Lunatic asylums Burma 1907-21 - 1907-1921
Year: 1907
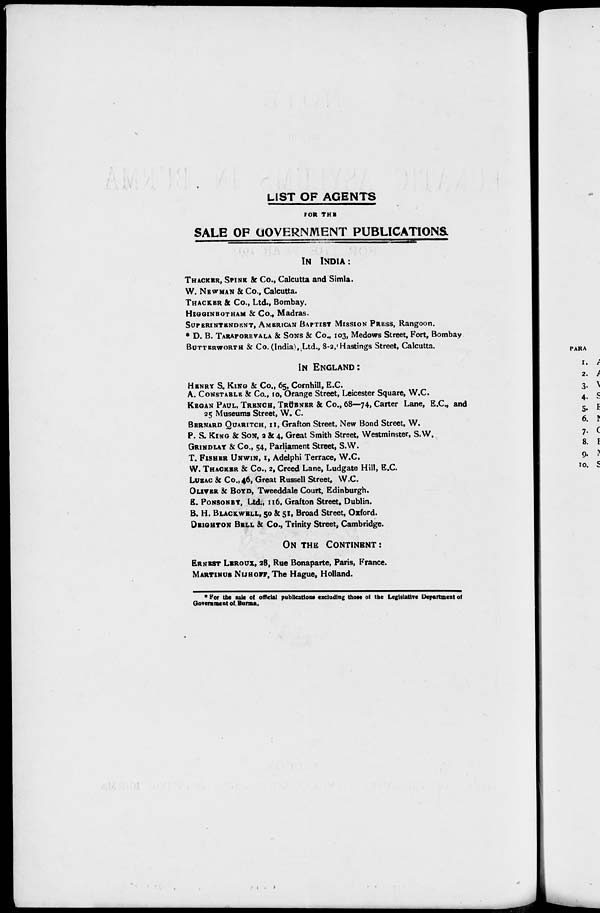
LIST OF AGENTS
FOR THE
SALE OF GOVERNMENT PUBLICATIONS
IN INDIA :
THACKER, SPINK & Co., Calcutta and Simla.
W. NEWMAN & Co., Calcutta.
THACKER & Co., Ltd., Bombay.
HIGGINBOTHAM & Co., Madras.
SUPERINTENDENT, AMERICAN BAPTIST MISSION PRESS, Rangoon.
* D. B. TARAPOREVALA & SONS & Co., 103, Medows Street, Fort, Bombay
BUTTERWORTH & Co. (India), Ltd., 8-2, Hastings Street, Calcutta.
IN ENGLAND:
HENRY S. KING & Co., 65, Cornhill, E.C.
A. CONSTABLE & Co., 10, Orange Street, Leicester Square, W.C.
KEGAN PAUL, TRENCH, TRÜBNER & Co., 68—74, Carter Lane, E.C., and
25 Museums Street, W. C.
BERNARD QUARITCH, 11, Grafton Street, New Bond Street, W.
P. S. KING & SON, 2 & 4, Great Smith Street, Westminster, S.W.
GRINDLAY & Co., 54, Parliament Street, S.W.
T. FISHER UNWIN, 1, Adelphi Terrace, W.C.
W. THACKER & Co., 2, Creed Lane, Ludgate Hill, E.C.
LUZAC & Co., 46, Great Russell Street, W.C.
OLIVER & BOYD, Tweeddale Court, Edinburgh.
E. PONSONBY, Ltd., 116, Grafton Street, Dublin.
B. H. BLACKWELL, 50 & 51, Broad Street, Oxford.
DEIGHTON BELL & Co., Trinity Street, Cambridge.
ON THE CONTINENT :
ERNEST LEROUX, 28, Rue Bonaparte, Paris, France.
MARTINUS NIJHOFF, The Hague, Holland.
* For the sale of official publications excluding those of the Legislative Department of
Government of Burma.